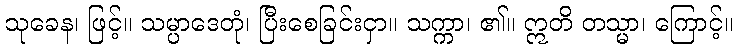
သုခေန၊ ဖြင့်။ သမ္ပာဒေတုံ၊ ပြီးစေခြင်းငှာ။ သက္ကာ၊ ၏။ ဣတိ တသ္မာ၊ ကြောင့်။